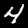
Digit: 4